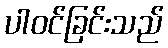
ပါဝင်ခြင်းသည်